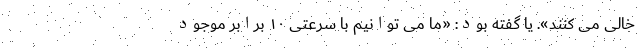
خالی می کنند». یا گفته بود: «ما می توانیم با سرعتی ۱۰ برابر موجود